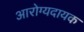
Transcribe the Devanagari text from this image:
आरोग्यदायक